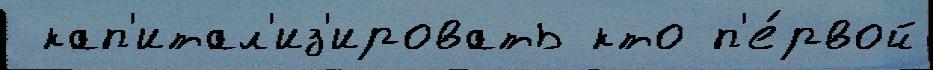
 кап'итал'из'ировать кто п'е́рвой